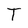
Character: T